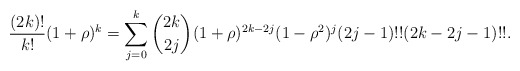
\begin{align*}\frac{(2k)!}{k!}(1+\rho )^{k}=\sum_{j=0}^{k}\binom{2k}{2j}(1+\rho)^{2k-2j}(1-\rho ^{2})^{j}(2j-1)!!(2k-2j-1)!!. \end{align*}